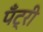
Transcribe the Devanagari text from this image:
पँट्री